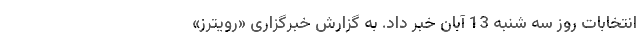
انتخابات روز سه شنبه 13 آبان خبر داد. به گزارش خبرگزاری «رویترز»